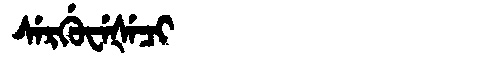
Manchu: ᠰᡝᡵᡤᡠᠸᡝᡧᡝᠴᡳ
Romanization: SERGUWEŠECI